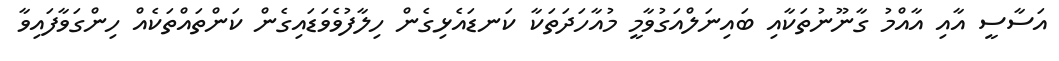
އަސާސީ އާއި އާއްމު ގާނޫނުތަކާއި ބައިނަލްއަގުވާމީ މުއާހަދަތަކާ ކަނޑައެޅިގެން ހިލާފުވެވަޑައިގެން ކަންތައްތަކެއް ހިންގަވާފައިވާ